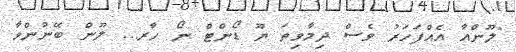
"ލޫންއާ އެއްފަހަރު ވެސް ދިމާވިތަ ޔޫ ޑޯންޓް ނޯ ހާރ... ލޫން ބޭނުންވާ